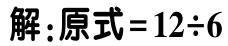
解：原式\(=12\div6\)